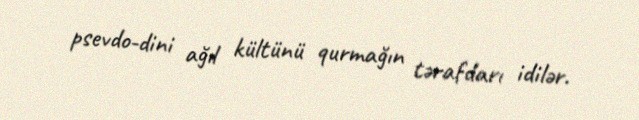
psevdo-dini ağıl kültünü qurmağın tərafdarı idilər.